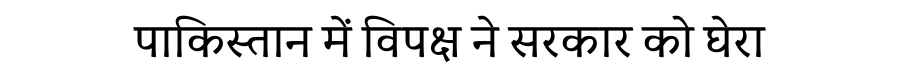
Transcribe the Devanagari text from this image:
पाकिस्तान में विपक्ष ने सरकार को घेरा